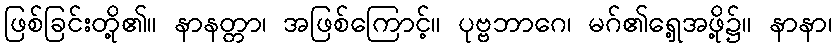
ဖြစ်ခြင်းတို့၏။ နာနတ္တာ၊ အဖြစ်ကြောင့်။ ပုဗ္ဗဘာဂေ၊ မဂ်၏ရှေ့အဖို့၌။ နာနာ၊